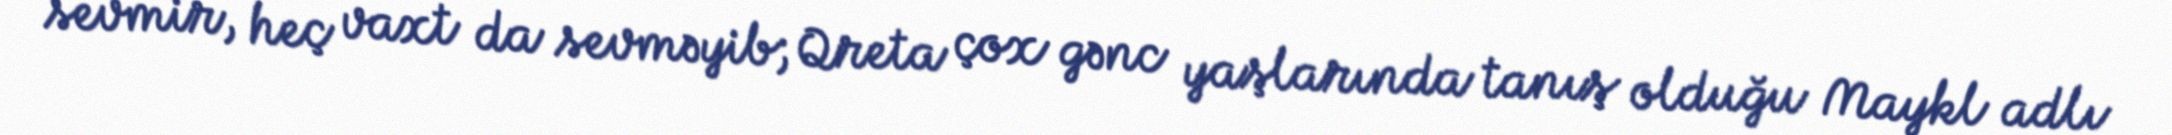
sevmir, heç vaxt da sevməyib; Qreta çox gənc yaşlarında tanış olduğu Maykl adlı